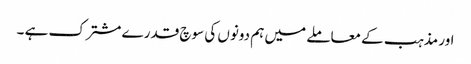
اور مذہب کے معاملے میں ہم دونوں کی سوچ قدرے مشترک ہے ۔